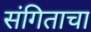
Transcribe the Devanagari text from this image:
संगिताचा